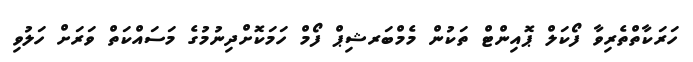
ހަރަކާތްތެރިވާ ފޯކަލް ޕޮއިންޓް ތަކުން މެމްބަރޝިޕް ފޯމް ހަމަކޮށްދިނުމުގެ މަސައްކަތް ވަރަށް ހަލުވި